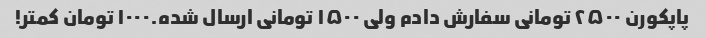
پاپکورن ۲۵۰۰ تومانی سفارش دادم ولی ۱۵۰۰ تومانی ارسال شده.۱۰۰۰ تومان کمتر!